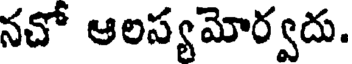
నచో ఆలస్య మోర్వదు.